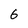
Character: 6